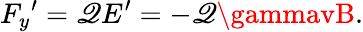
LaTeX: {F_{y}}^{\prime}=\mathscr{Q}E^{\prime}=-\mathscr{Q}\gammavB.